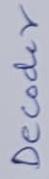
Text: Decoder